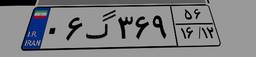
۰۶گ۳۶۹۵۶